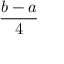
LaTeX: \frac { b - a } { 4 }